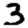
Digit: 3